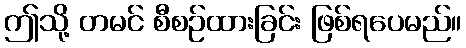
ဤသို့ တမင် စီစဉ်ထားခြင်း ဖြစ်ရပေမည်။